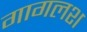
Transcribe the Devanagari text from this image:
गागलश